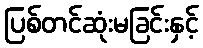
ပြစ်တင်ဆုံးမခြင်းနှင့်